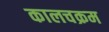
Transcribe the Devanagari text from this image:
कालचक्रम